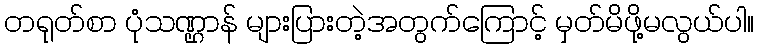
တရုတ်စာ ပုံသဏ္ဌာန် များပြားတဲ့အတွက်ကြောင့် မှတ်မိဖို့မလွယ်ပါ။